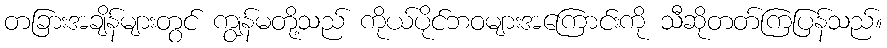
တခြားအချိန်များတွင် ကျွန်မတို့သည် ကိုယ်ပိုင်ဘဝများအကြောင်းကို သီဆိုတတ်ကြပြန်သည်။